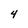
Character: 4